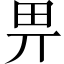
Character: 畀